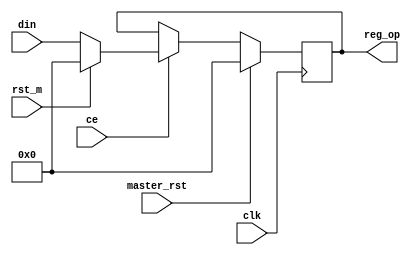
`timescale 1ns / 1ps
module max_reg #(parameter N = 16) (
    input clk,
    input ce,
    input [N-1:0] din,
    input rst_m,
    input master_rst,
    output reg [N-1:0] reg_op
    );

    always@(posedge clk) 
    begin
    	if(master_rst)
    		reg_op <= 0;
    	else 
        begin
            if(ce) 
            begin
		   	  if(rst_m) begin
		    	 reg_op <=0;
		      end
		      else begin
		    	 reg_op <= din;
			 end
		    end
		end
	end
endmodule